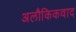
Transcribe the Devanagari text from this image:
अलौकिकवाद